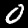
Label: 0